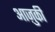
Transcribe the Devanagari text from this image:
आज़ुकी